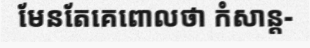
មែនតែគេពោលថា កំសាន្ត-